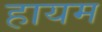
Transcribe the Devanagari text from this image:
हायम